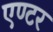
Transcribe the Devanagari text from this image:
एण्टर